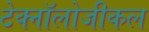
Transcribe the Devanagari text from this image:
टेक्नॉलोजीकल